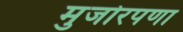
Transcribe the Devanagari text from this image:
मुजोरपणा